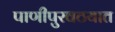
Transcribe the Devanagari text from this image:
पाणीपुरवठयात